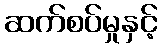
ဆက်စပ်မှုနှင့်